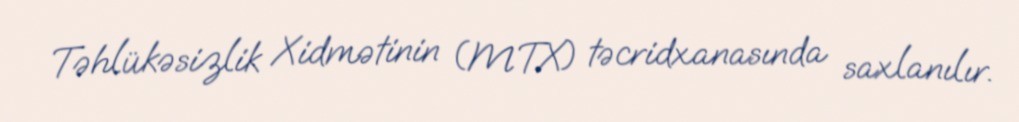
Təhlükəsizlik Xidmətinin (MTX) təcridxanasında saxlanılır.